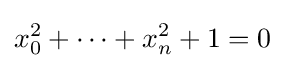
x_{0}^{2}+\cdots +x_{n}^{2}+1=0